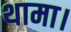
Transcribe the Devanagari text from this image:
थामा।